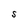
Character: S